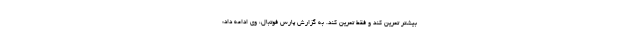
بیشتر تمرین کند و فقط تمرین کند. به گزارش پارس فوتبال، وی ادامه داد: